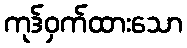
ကုဒ်ဝှက်ထားသော